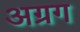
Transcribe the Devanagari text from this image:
अग्रग